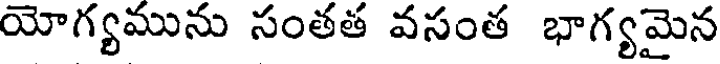
యోగ్యమును సంతత వసంత భాగ్యమైన